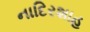
નાદિરશાહ